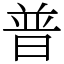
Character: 普